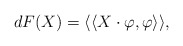
\begin{align*}dF(X) = \langle\langle X \cdot \varphi , \varphi \rangle\rangle,\end{align*}